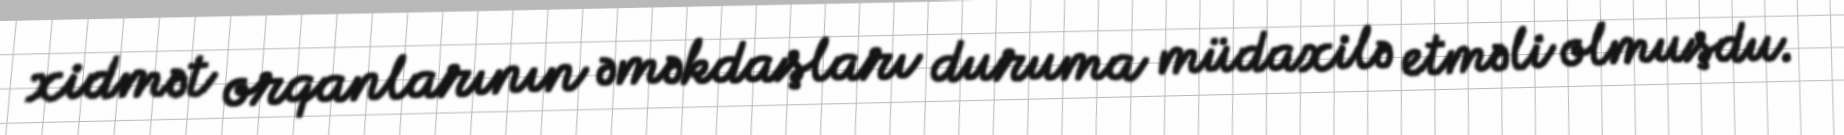
xidmət orqanlarının əməkdaşları duruma müdaxilə etməli olmuşdu.